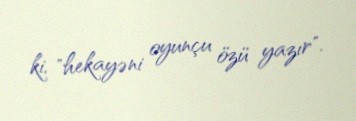
ki, "hekayəni oyunçu özü yazır".